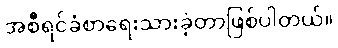
အစီရင်ခံစာရေးသားခဲ့တာဖြစ်ပါတယ်။